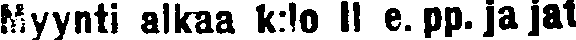
Myynti alkaa k:lo 11 e. pp. ja jat